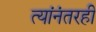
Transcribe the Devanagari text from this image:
त्यांनंतरही